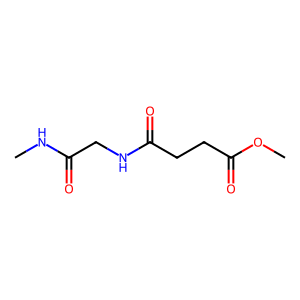
SMILES: CNC(=O)CNC(=O)CCC(=O)OC
Inhibits HIV replication: No